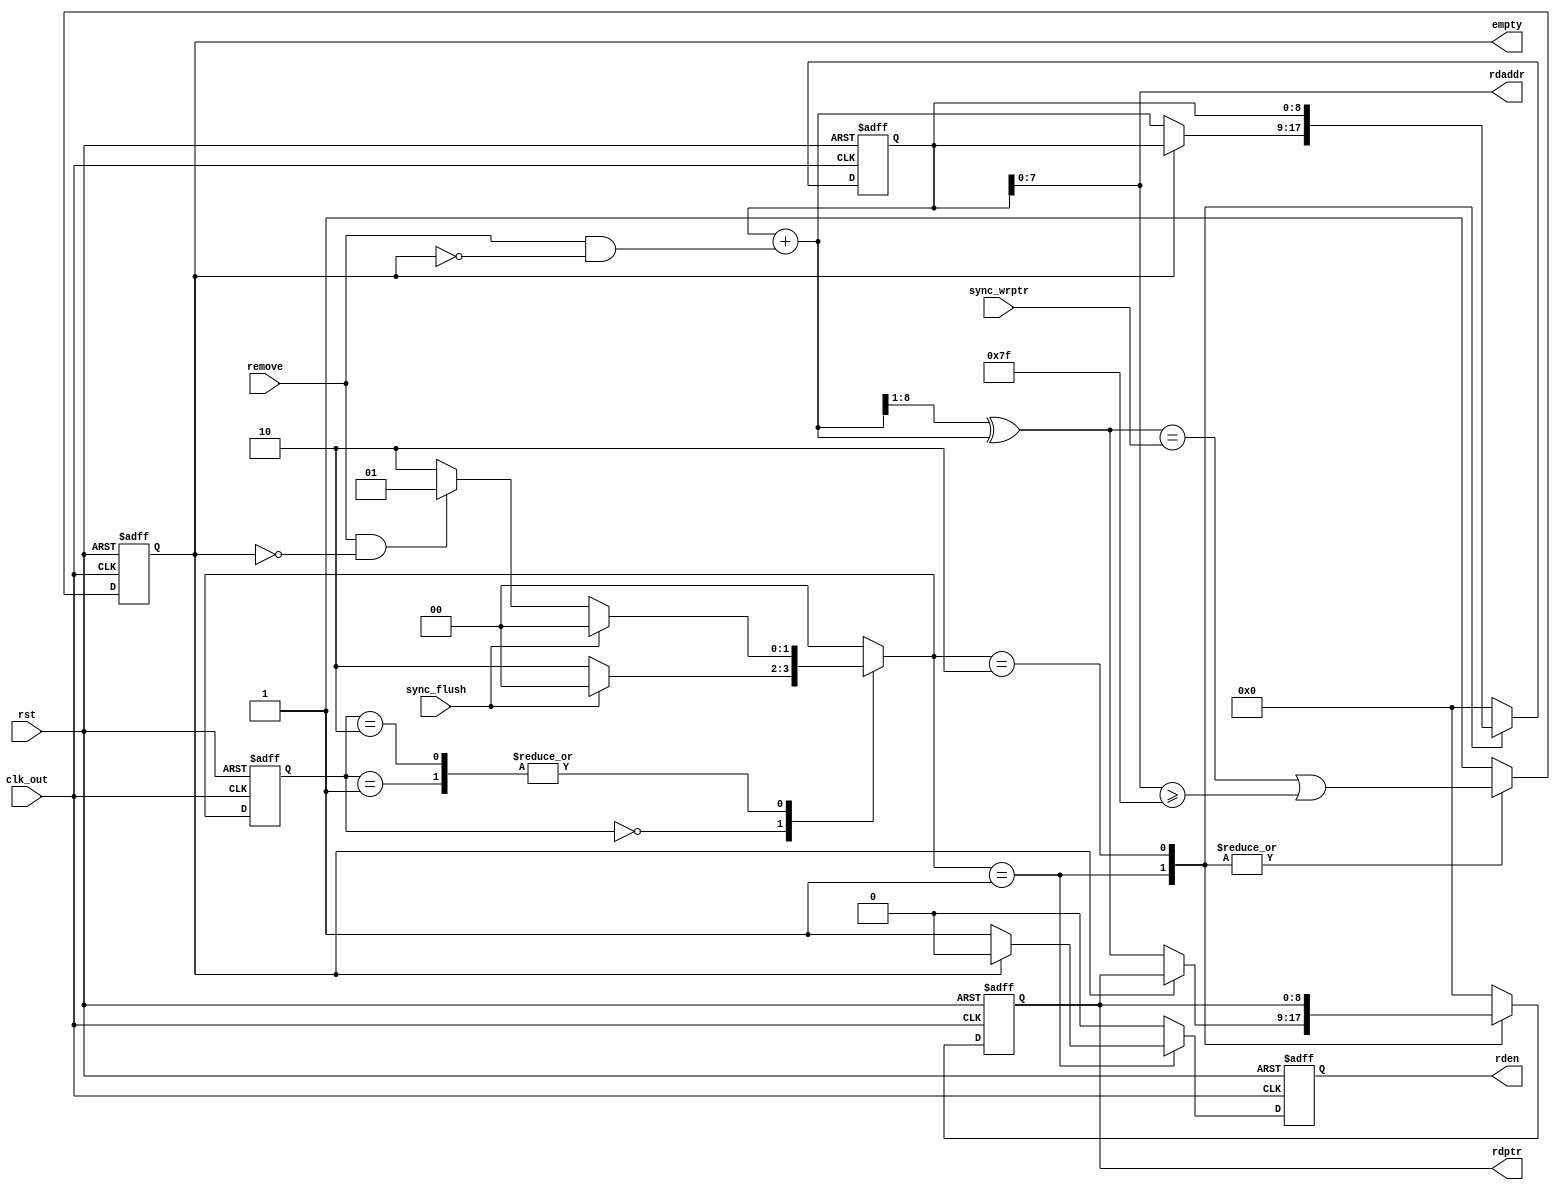
module RFSM #(parameter addrbits = 8, depth =128)
             (output reg                   empty,rden,
              output     [addrbits-1:0] rdaddr,
              output reg [addrbits  :0] rdptr,
              input      [addrbits  :0] sync_wrptr,
              input remove, clk_out, rst, sync_flush);

reg [1:0] current_state, next_state;
reg  [addrbits:0] rbin;
wire [addrbits:0] rgraynext, rbinnext;
wire empty_val;
//States are binary encoded 
localparam RESET  = 2'b00, 
           REMOVE = 2'b01, 
           IDEAL  = 2'b10; 
        

assign rdaddr = rbin[addrbits-1:0];
assign rbinnext  = rbin + (remove & ~empty);
assign rgraynext = (rbinnext>>1) ^ rbinnext;
assign empty_val = ((rgraynext == sync_wrptr)||(rbin[addrbits-1:0] >= depth[addrbits-1:0]-1));

always @(posedge clk_out , negedge rst)
begin
    if(!rst)
     begin
       current_state <= RESET; // non- blocking procedural assignment
       empty <= 1;
       rbin <= 0;   
       rdptr <= 0;
       rden <= 0;
      end    
    else
      begin
        current_state <= next_state;
        case(next_state)
             RESET : begin
                       rden <= 0;
                       empty <= 1;
                       rbin <= 0;  
                       rdptr <= 0;
                     end
             REMOVE: begin
                       empty <= empty_val;
                       if(!empty)
                       begin
                       rden <= 1;
                       {rbin, rdptr} <= {rbinnext, rgraynext};
                       end
                       else
                       begin        
                       rden <= 0; 
                       {rbin, rdptr} <= {rbin, rdptr};
                       end
                     end
             IDEAL : begin
                       rden <= 0;
                       empty <= empty_val;
                       {rbin, rdptr} <= {rbin, rdptr};
                     end             
            default: begin 
                      empty  <= 1;
                      rbin   <= 0;   
                      rdptr  <= 0;
                      rden   <= 0;
                     end
        endcase
      end   
end

always@(*)
begin
  next_state = RESET;
  case (current_state)
  RESET : begin
          if (sync_flush)
            next_state = RESET;  // blocking procedural assignment
          else                      
            next_state = IDEAL;          
          end

  REMOVE : begin
           if (sync_flush)
              next_state = RESET;             
           else if (remove && !empty)
               next_state = REMOVE; 
           else
              next_state = IDEAL;    
           end

  IDEAL : begin
           if (sync_flush)
              next_state = RESET;             
          else if (remove && !empty)
              next_state = REMOVE;
          else
              next_state = IDEAL;          
          end

    default: next_state = RESET;
      
  endcase 
end
endmodule